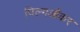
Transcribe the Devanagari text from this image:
पिल्गऔंकर